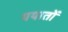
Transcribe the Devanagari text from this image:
ययातों